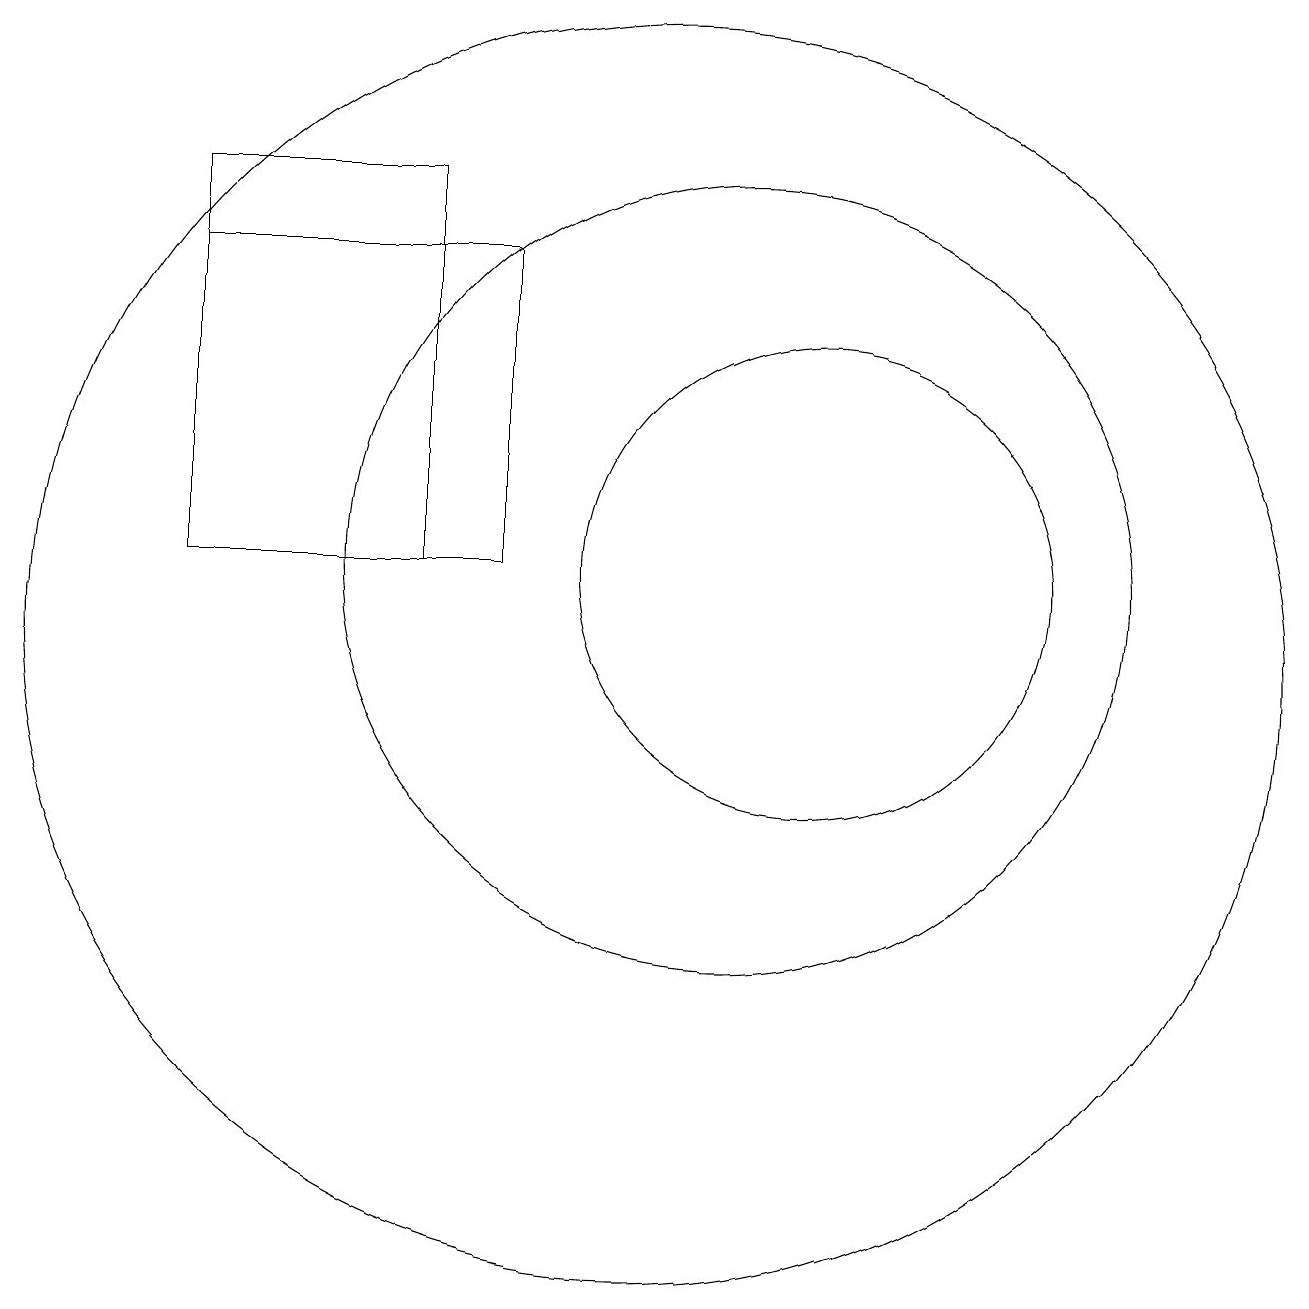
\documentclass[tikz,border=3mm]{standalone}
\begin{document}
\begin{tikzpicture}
\draw (11,11) circle (5);
\draw (10,10) circle (8);
\draw (7,16) rectangle (4,11);
\draw (4,15) rectangle (8,11);
\draw (12,11) circle (3);
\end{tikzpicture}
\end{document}